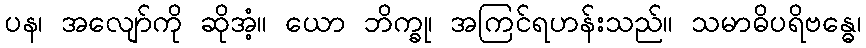
ပန၊ အလျော်ကို ဆိုအံ့။ ယော ဘိက္ခု၊ အကြင်ရဟန်းသည်။ သမာဓိပရိဗန္ဓေ၊